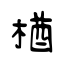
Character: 楢